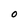
Character: O